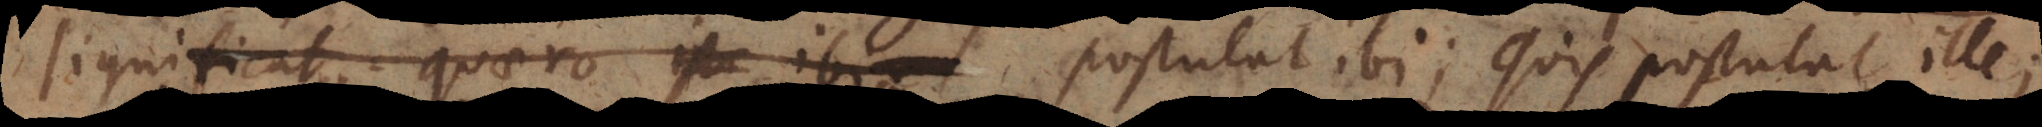
significat: quaero ista ibi postulat ibi; quis postulat ill